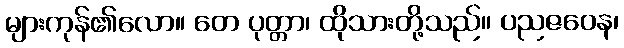
များကုန်၏လော။ တေ ပုတ္တာ၊ ထိုသားတို့သည်။ ပညဇဝေန၊